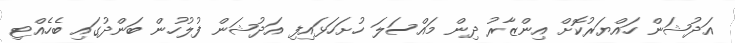
އަދުޝަން ހައްޔަރުކޮށް އިންޒާރު ދިން މައްސަލަ ހުށަހަޅައިފި އަދުޝަން ފުލުހުން ބަންދުގައި ބެހެއްޓި